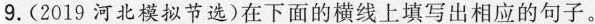
9.(2019河北模拟节选)在下面的横线上填写出相应的句子。